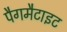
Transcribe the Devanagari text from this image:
पैगमैटाइट